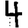
Digit: 4